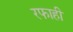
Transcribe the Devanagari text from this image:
रफाही